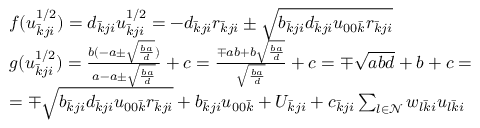
\begin{array} { r l } & { f ( u _ { \bar { k } j i } ^ { 1 / 2 } ) = d _ { \bar { k } j i } u _ { \bar { k } j i } ^ { 1 / 2 } = - d _ { \bar { k } j i } r _ { \bar { k } j i } \pm \sqrt { b _ { \bar { k } j i } d _ { \bar { k } j i } u _ { 0 0 \bar { k } } r _ { \bar { k } j i } } } \\ & { g ( u _ { \bar { k } j i } ^ { 1 / 2 } ) = \frac { b ( - a \pm \sqrt { \frac { b a } { d } } ) } { a - a \pm \sqrt { \frac { b a } { d } } } + c = \frac { \mp a b + b \sqrt { \frac { b a } { d } } } { \sqrt { \frac { b a } { d } } } + c = \mp \sqrt { a b d } + b + c = } \\ & { = \mp \sqrt { b _ { \bar { k } j i } d _ { \bar { k } j i } u _ { 0 0 \bar { k } } r _ { \bar { k } j i } } + b _ { \bar { k } j i } u _ { 0 0 \bar { k } } + U _ { \bar { k } j i } + c _ { \bar { k } j i } \sum _ { l \in \mathcal { N } } w _ { l \bar { k } i } u _ { l \bar { k } i } } \end{array}